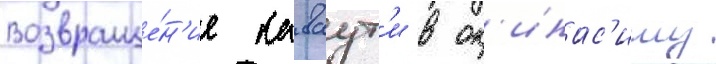
Возвраще́н'ие каваут'и в ок'инас'иму